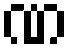
ဏ